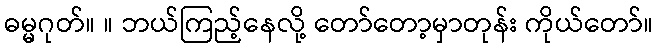
ဓမ္မဂုတ်။ ။ ဘယ်ကြည့်နေလို့ တော်တော့မှာတုန်း ကိုယ်တော်။